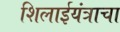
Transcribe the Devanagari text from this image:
शिलाईयंत्राचा